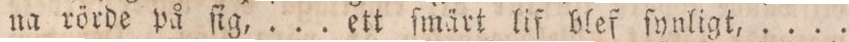
na rörde på ſig, ... ett ſmärt lif blef ſynligt, ....